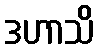
ဒဟာသိ